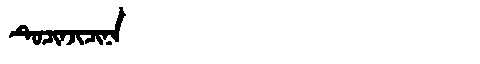
Manchu: ᡨᡠᠴᡳᠨᠵᡳᠴᡳᠨᠠ
Romanization: TUCINJICINA